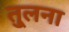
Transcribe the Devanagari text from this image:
तु्लना